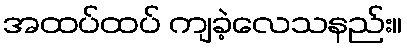
အထပ်ထပ် ကျခဲ့လေသနည်း။